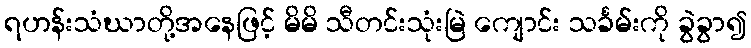
ရဟန်းသံဃာတို့အနေဖြင့် မိမိ သီတင်းသုံးမြဲ ကျောင်း သင်္ခမ်းကို ခွဲခွာ၍